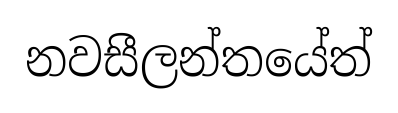
නවසීලන්තයේත්